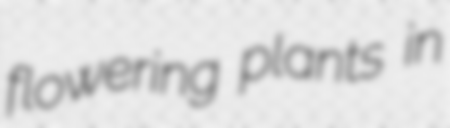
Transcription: flowering plants in